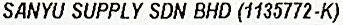
SANYU SUPPLY SDN BHD (1135772-K)